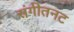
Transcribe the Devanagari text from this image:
संगीतनट